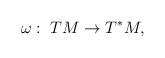
LaTeX: \begin{align*}\omega:\; TM\rightarrow T^{\ast}M,\end{align*}